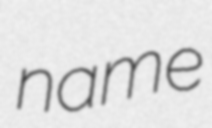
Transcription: name